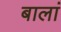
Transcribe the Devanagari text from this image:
बालां